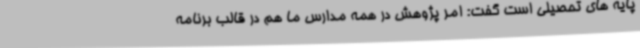
پایه های تحصیلی است گفت: امر پژوهش در همه مدارس ما هم در قالب برنامه